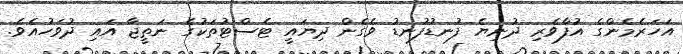
އަހަރެމެންގެ އުފާވެރި ދުނިޔެ ފުނޑުފުނޑު ވެގެން ދިޔައީ ޓެސްޓުތަކުގެ ނަތީޖާ އައި ދުވަހުއެވެ.